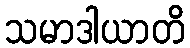
သမာဒါယာတိ